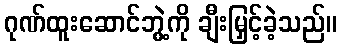
ဂုဏ်ထူးဆောင်ဘွဲ့ကို ချီးမြှင့်ခဲ့သည်။